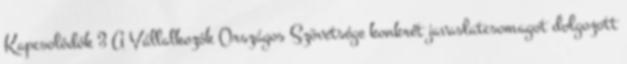
Kapcsolódók 3 A Vállalkozók Országos Szövetsége konkrét javaslatcsomagot dolgozott